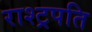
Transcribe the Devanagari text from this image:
राश्ट्रपति